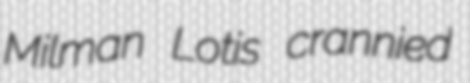
Milman Lotis crannied